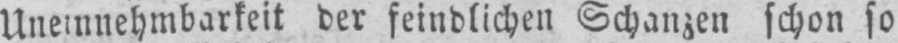
der feindlichen Schanzen schon so